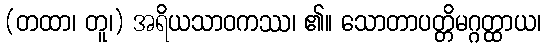
(တထာ၊ တူ၊) အရိယသာဝကဿ၊ ၏။ သောတာပတ္တိမဂ္ဂတ္ထာယ၊